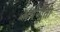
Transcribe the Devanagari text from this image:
अर्थनीती